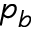
p _ { b }